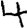
Digit: 4